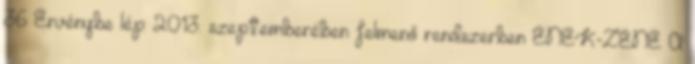
36 Érvénybe lép: 2013. szeptemberében felmenő rendszerben ÉNEK-ZENE A